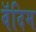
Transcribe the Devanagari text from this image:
वॅदिम